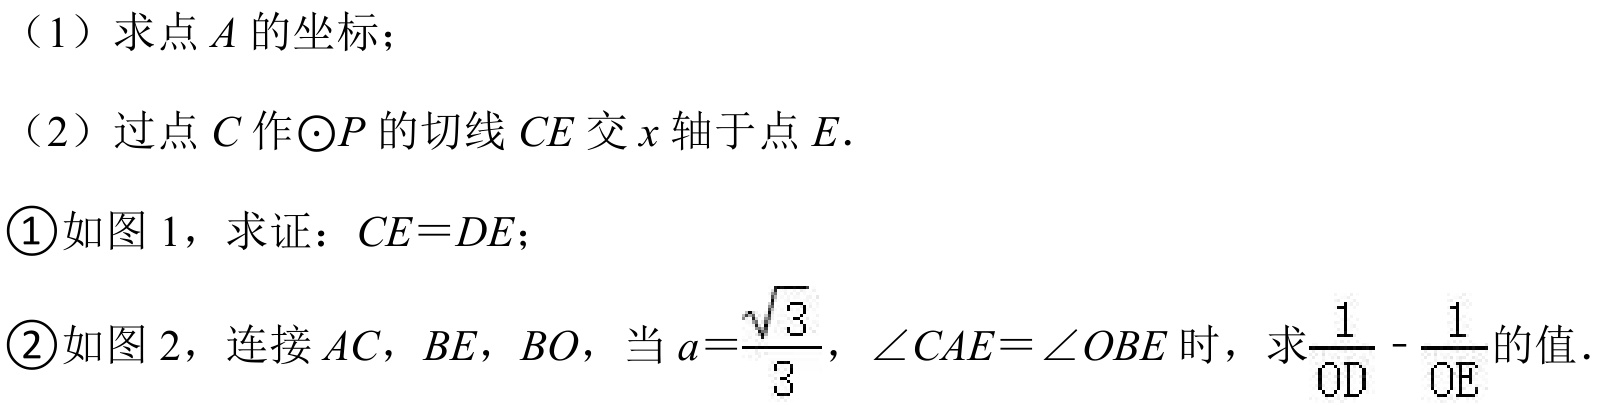
（1）求点\(A\)的坐标；
（2）过点\(C\)作\(\odot P\)的切线\(CE\)交\(x\)轴于点\(E\).
\textcircled{1}如图 1，求证：\(CE = DE\)；
\textcircled{2}如图 2，连接\(AC\)，\(BE\)，\(BO\)，当\(a = \frac{\sqrt{3}}{3}\)，\(\angle CAE=\angle OBE\)时，求\(\frac{1}{OD}-\frac{1}{OE}\)的值.